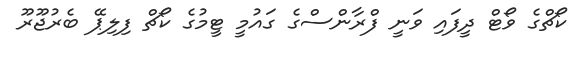
ކޯޗްގެ ވޯޓް ދީފައި ވަނީ ފްރާންސްގެ ގައުމީ ޓީމުގެ ކޯޗް ފިލިޕޭ ބެރުޖޫރޫ